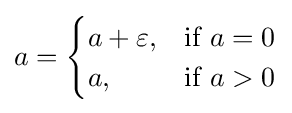
a={\begin{cases}a+\varepsilon ,&{\text{if }}a=0\\a,&{\text{if }}a>0\end{cases}}